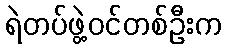
ရဲတပ်ဖွဲ့ဝင်တစ်ဦးက